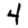
Digit: 4